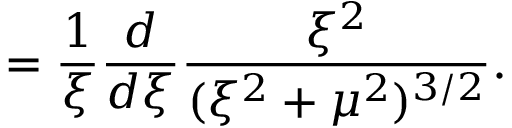
= \frac { 1 } { \xi } \frac { d } { d \xi } \frac { \xi ^ { 2 } } { ( \xi ^ { 2 } + \mu ^ { 2 } ) ^ { 3 / 2 } } .